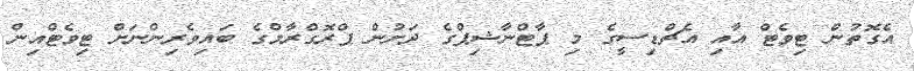
އެގޮތުން ޓިވެޓް އާއި އެޗްޑިސީގެ މި ޕާޓްނާޝިޕްގެ ދަށުން ޕްރޮގްރާމްގެ ބައިވެރިންނަށް ޓިވެޓްއިން